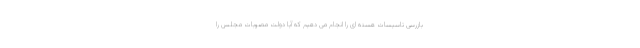
بازرسی تاسیسات هسته ای را انجام می دهیم که آیا دولت مصوبات مجلس را